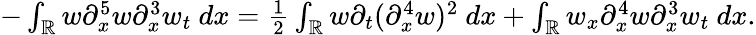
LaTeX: \begin{array}{r}{-\int_{\mathbb R}w\partial_{x}^{5}w\partial_{x}^{3}w_{t}\ dx=\frac{1}{2}\int_{\mathbb R}w\partial_{t}(\partial_{x}^{4}w)^{2}\ dx+\int_{\mathbb R}w_{x}\partial_{x}^{4}w\partial_{x}^{3}w_{t}\ dx.}\end{array}